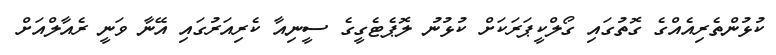
ކުޅުންތެރިއެއްގެ ގޮތުގައި ގޯލްކީޕަރަކަށް ކުޅުނު ލޮޕެޓެގީގެ ސީނިއާ ކެރިއަރުގައި އޭނާ ވަނީ ރެއާލްއަށް